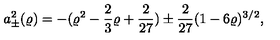
a _ { \pm } ^ { 2 } ( \varrho ) = - ( \varrho ^ { 2 } - \frac 2 3 \varrho + \frac { 2 } { 2 7 } ) \pm \frac { 2 } { 2 7 } ( 1 - 6 \varrho ) ^ { 3 / 2 } ,